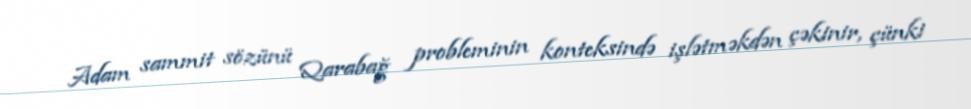
Adam sammit sözünü Qarabağ probleminin konteksində işlətməkdən çəkinir, çünki